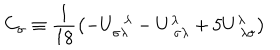
C _ { \sigma } \equiv \frac { 1 } { 1 8 } \left( - U _ { \sigma \lambda } ^ { ~ ~ \lambda } - U _ { ~ \sigma \lambda } ^ { \lambda } + 5 U _ { ~ \lambda \sigma } ^ { \lambda } \right)